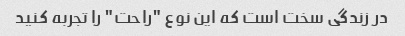
در زندگی سخت است که این نوع "راحت" را تجربه کنید